Lunatic asylums Bombay report 1878-1890 - 1878-1890
Year: 1878
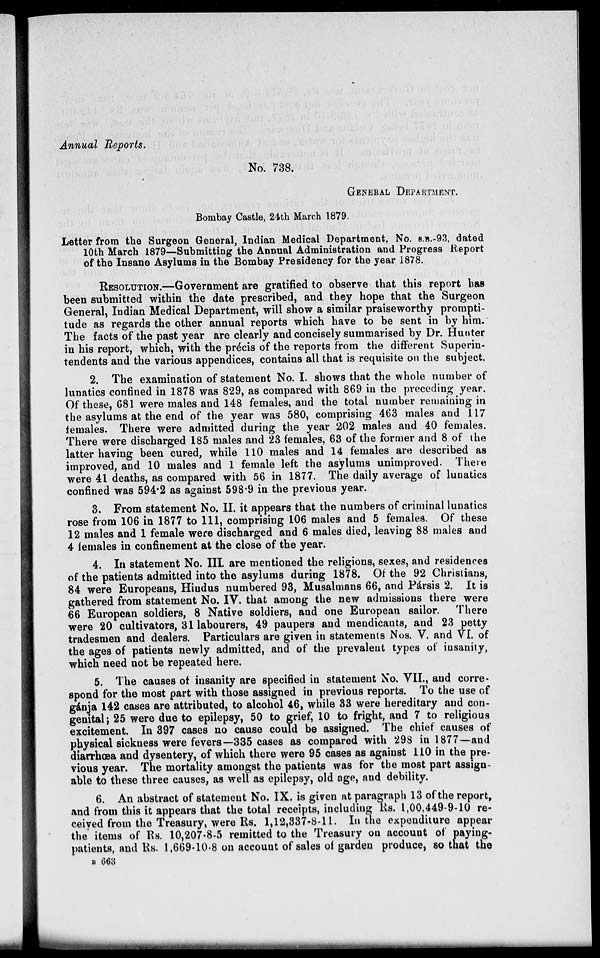
Annual Reports.
No. 738.
GENERAL DEPARTMENT.
Bombay Castle, 24th March 1879.
Letter from the Surgeon General, Indian Medical Department, No. S.B.-93, dated
10th March 1879—Submitting the Annual Administration and Progress Report
of the Insane Asylums in the Bombay Presidency for the year 1878.
RESOLUTION.—Government are gratified to observe that this report has
been submitted within the date prescribed, and they hope that the Surgeon
General, Indian Medical Department, will show a similar praiseworthy prompti-
tude as regards the other annual reports which have to be sent in by him.
The facts of the past year are clearly and concisely summarised by Dr. Hunter
in his report, which, with the précis of the reports from the different Superin-
tendents and the various appendices, contains all that is requisite on the subject.
2. The examination of statement No. I. shows that the whole number of
lunatics confined in 1878 was 829, as compared with 869 in the preceding year.
Of these, 681 were males and 148 females, and the total number remaining in
the asylums at the end of the year was 580, comprising 463 males and 117
females. There were admitted during the year 202 males and 40 females.
There were discharged 185 males and 23 females, 63 of the former and 8 of the
latter having been cured, while 110 males and 14 females are described as
improved, and 10 males and 1 female left the asylums unimproved. There
were 41 deaths, as compared with 56 in 1877 The daily average of lunatics
confined was 594.2 as against 598.9 in the previous year.
3. From statement No. II. it appears that the numbers of criminal lunatics
rose from 106 in 1877 to 111, comprising 106 males and 5 females. Of these
12 males and 1 female were discharged and 6 males died, leaving 88 males and
4 females in confinement at the close of the year.
4. In statement No. III. are mentioned the religions, sexes, and residences
of the patients admitted into the asylums during 1878. Of the 92 Christians,
84 were Europeans, Hindus numbered 93, Musalmans 66, and Pársis 2. It is
gathered from statement No. IV. that among the new admissions there were
66 European soldiers, 8 Native soldiers, and one European sailor.
There
were 20 cultivators, 31 labourers, 49 paupers and mendicants, and 23 petty
tradesmen and dealers. Particulars are given in statements Nos. V. and VI. of
the ages of patients newly admitted, and of the prevalent types of insanity,
which need not be repeated here.
5. The causes of insanity are specified in statement No. VII., and corre-
spond for the most part with those assigned in previous reports. To the use of
gánja 142 cases are attributed, to alcohol 46, while 33 were hereditary and con-
genital; 25 were due to epilepsy, 50 to grief, 10 to fright, and 7 to religious
excitement. In 397 cases no cause could be assigned. The chief causes of
physical sickness were fevers—335 cases as compared with 298 in 1877—and
diarrhœa and dysentery, of which there were 95 cases as against 110 in the pre-
vious year. The mortality amongst the patients was for the most part assign-
able to these three causes, as well as epilepsy, old age, and debility.
6. An abstract of statement No. IX. is given at paragraph 13 of the report,
and from this it appears that the total receipts, including Rs. 1,00,449-9-10 re-
ceived from the Treasury, were Rs. 1,12,337-8-11. In the expenditure appear
the items of Rs. 10,207-8-5 remitted to the Treasury on account of paying-
patients, and Rs. 1,669-10-8 on account of sales of garden produce, so that the
B 663